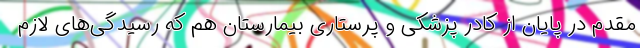
مقدم در پایان از کادر پزشکی و پرستاری بیمارستان هم که رسیدگی‌های لازم